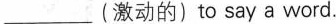
_(激动的)to say a word.